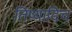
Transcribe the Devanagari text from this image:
तिष्यादिच